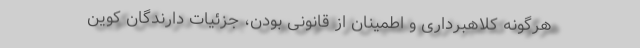
هرگونه کلاهبرداری و اطمینان از قانونی بودن، جزئیات دارندگان کوین